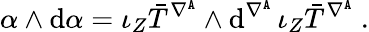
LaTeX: \alpha\wedge\mathrm{d}\alpha=\iota_{Z}\bar{T}^{\nabla^{\mathtt{A}}}\wedge\mathrm{d}^{\nabla^{\mathtt{A}}}\, \iota_{Z}\bar{T}^{\nabla^{\mathtt{A}}}\ .